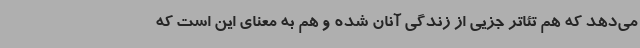
می‌دهد که هم تئاتر جزیی از زندگی آنان شده و هم به معنای این است که